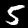
Digit: 5